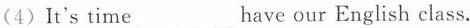
(4)It's time___ have our English class.